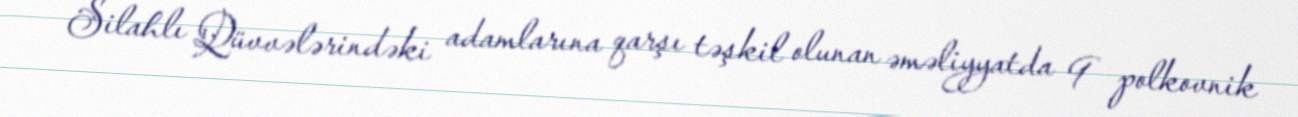
Silahlı Qüvvələrindəki adamlarına qarşı təşkil olunan əməliyyatda 9 polkovnik